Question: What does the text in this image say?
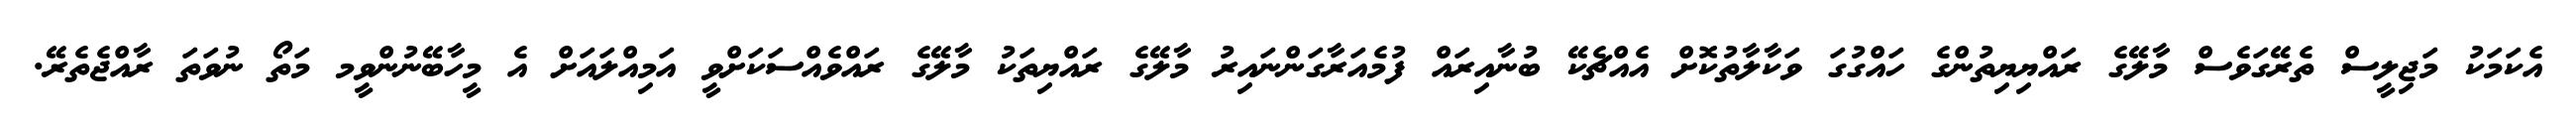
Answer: އެކަމަކު މަޖިލީސް ތެރޭގަވެސް މާލޭގެ ރައްޔިޔިތުންގެ ހައްގުގަ ވަކާލާތުކޮށް އެއްޗެކޭ ބުނާއިރައް ފުމެއަރާގަންނައިރު މާލޭގެ ރައްޔިތަކު މާލޭގެ ރައްވެއްސަކަށްވީ އަމިއްލައަށް އެ މީހާބޭނުންވީމ މަތޯ ނުވަތަ ރާއްޖެތެރޭ.